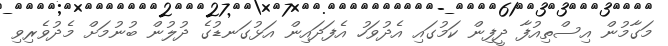
މަގާމުން އިސްތިއުފާ ދީފިން ކަމުގައި އެދުވަހު އެފަދައިން އަޅުގަނޑުގެ ދުލުން ބުނުމަށް މެދުވެރިވި